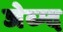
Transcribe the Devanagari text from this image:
जेब्ग्द